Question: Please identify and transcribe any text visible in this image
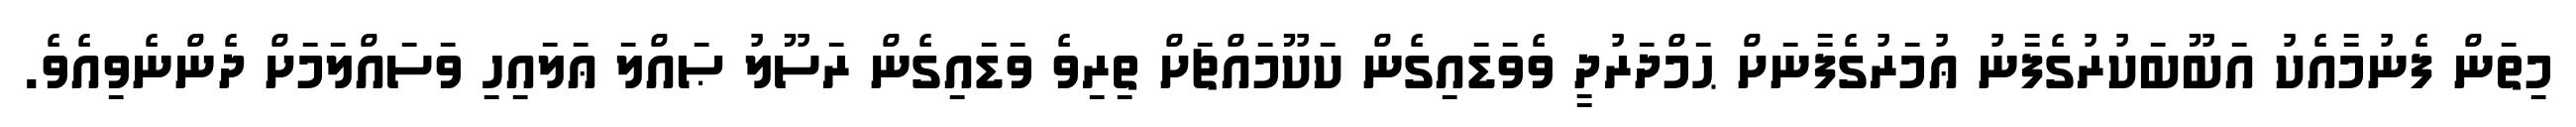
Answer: މިތަން ފެނުމާއެކު އަބޫބަކުރުގެފާނު ޢުމަރުގެފާނަށް ޙަމްދަރުދީ ވެވަޑައިގެން ކަކޫމައްޗަށް ތިރިވެ ވަޑައިގެން ރަސޫލު ޞައްލަ ޢަލައިހި ވަސައްލަމަށް ދެންނެވިއެވެ.